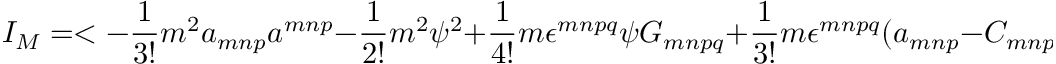
I _ { M } = < - \frac { 1 } { 3 ! } m ^ { 2 } a _ { m n p } a ^ { m n p } - \frac { 1 } { 2 ! } m ^ { 2 } \psi ^ { 2 } + \frac { 1 } { 4 ! } m \epsilon ^ { m n p q } \psi G _ { m n p q } + \frac { 1 } { 3 ! } m \epsilon ^ { m n p q } ( a _ { m n p } - C _ { m n p } ) \partial _ { q } \phi > .